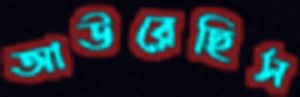
আউরেছিস